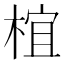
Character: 椬